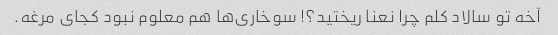
آخه تو سالاد کلم چرا نعنا ریختید؟! سوخاری‌ها هم معلوم نبود کجای مرغه.